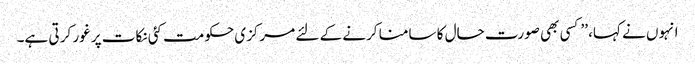
انہوں نے کہا، ’’کسی بھی صورت حال کا سامنا کرنے کے لئے مرکزی حکومت کئی نکات پر غور کر تی ہے۔